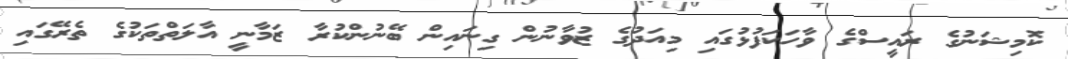
ކޮމިޝަނުގެ ރައީސްގެ ވާހަކަފުޅުގައި މިއަދުގެ ޒުވާނުން ގިނައިން ބޭނުންކުރާ ޒަމާނީ އާލަތްތަކުގެ ތެރޭގައި